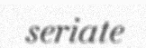
seriate